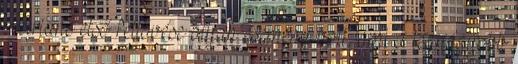
Ariane első fellövése olyan esemény volt, ami a legnagyobb